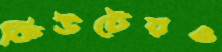
কিউটেরও